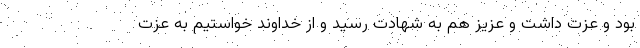
بود و عزت داشت و عزیز هم به شهادت رسید و از خداوند خواستیم به عزت